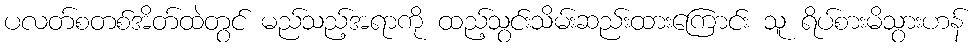
ပလတ်စတစ်အိတ်ထဲတွင် မည်သည့်အရာကို ထည့်သွင်းသိမ်းဆည်းထားကြောင်း သူ ရိပ်စားမိသွားဟန်